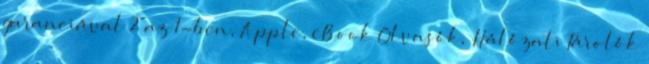
garanciával 2 az 1-ben, Apple, eBook Olvasók, Hálózati Tárolók